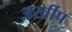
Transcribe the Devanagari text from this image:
अर्ख़ीप